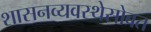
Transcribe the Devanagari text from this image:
शासनव्यवस्थेसोबत